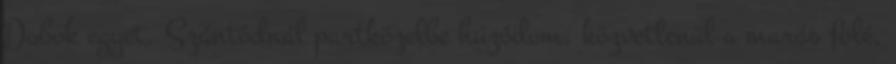
Dobok egyet. Szántódnál partközelbe húzódom, közvetlenül a marás fölé,